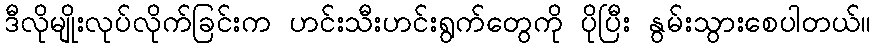
ဒီလိုမျိုးလုပ်လိုက်ခြင်းက ဟင်းသီးဟင်းရွက်တွေကို ပိုပြီး နွမ်းသွားစေပါတယ်။